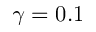
\gamma = 0 . 1